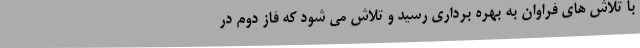
با تلاش های فراوان به بهره برداری رسید و تلاش می شود که فاز دوم در